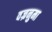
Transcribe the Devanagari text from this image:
वज्रनुमा